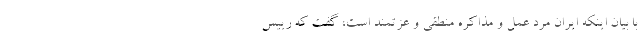
با بیان اینکه ایران مرد عمل و مذاکره منطقی و عزتمند است، گفت که رییس